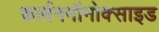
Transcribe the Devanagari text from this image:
कार्बनमॉनोक्साइड